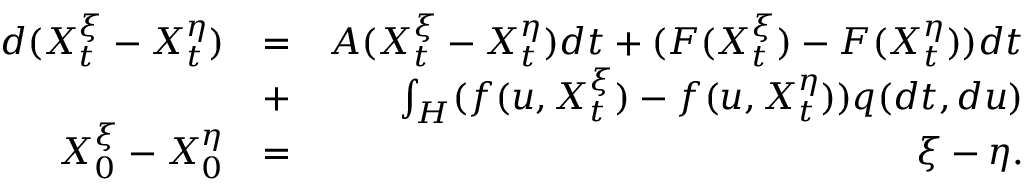
\begin{array} { r l r } { d ( X _ { t } ^ { \xi } - X _ { t } ^ { \eta } ) } & { = } & { A ( X _ { t } ^ { \xi } - X _ { t } ^ { \eta } ) d t + ( F ( X _ { t } ^ { \xi } ) - F ( X _ { t } ^ { \eta } ) ) d t } \\ & { + } & { \int _ { H } ( f ( u , X _ { t } ^ { \xi } ) - f ( u , X _ { t } ^ { \eta } ) ) q ( d t , d u ) } \\ { X _ { 0 } ^ { \xi } - X _ { 0 } ^ { \eta } } & { = } & { \xi - \eta . } \end{array}